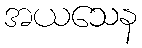
အယသေန